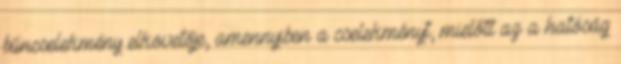
bűncselekmény elkövetője, amennyiben a cselekményt, mielőtt az a hatóság